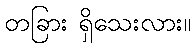
တခြား ရှိသေးလား။